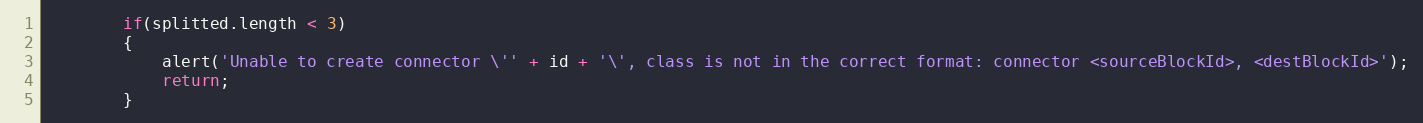
Language: JavaScript
		if(splitted.length < 3)
		{
			alert('Unable to create connector \'' + id + '\', class is not in the correct format: connector <sourceBlockId>, <destBlockId>');
			return;
		}